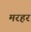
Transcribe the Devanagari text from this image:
मरहर